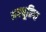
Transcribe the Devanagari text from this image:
अवधूतिपा